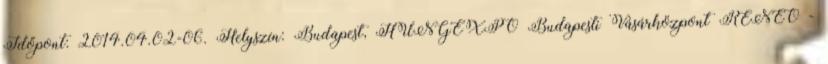
Időpont: 2014.04.02-06. Helyszín: Budapest, HUNGEXPO Budapesti Vásárközpont RENEO -